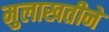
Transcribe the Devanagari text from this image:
मुलाखतीने